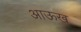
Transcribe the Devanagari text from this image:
आऊख